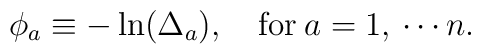
\phi_a\equiv -\ln (\Delta_a), \quad \hbox{for}\>  a=1,\, \cdots n.